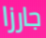
جارزا